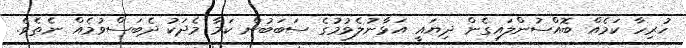
ހުރިހާ ކަމެއް ބޮއްސުންލައިގެން ދިޔައީ އަޅާނުލެވުމުގެ ސަބަބުން ކަމާ މެދަކު ދެބަސްވުމެއް ނެތެވެ.